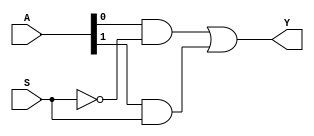
`timescale 1ns / 1ps
//////////////////////////////////////////////////////////////////////////////////
// Company: 
// Engineer: 
// 
// Design Name: 
// Module Name: Multiplexer
// Project Name: 
// Target Devices: 
// Tool Versions: 
// Description: 
// 
// Dependencies: 
// 
// Revision:
// Revision 0.01 - File Created
// Additional Comments:
// 
//////////////////////////////////////////////////////////////////////////////////


module Multiplexer(input[1:0] A, input S, output Y);
wire nS,n0,n1;

not (nS,S);
and (n0,A[0],nS),(n1,A[1],S);
or (Y,n0,n1);

endmodule